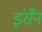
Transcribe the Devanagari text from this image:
इंसैन